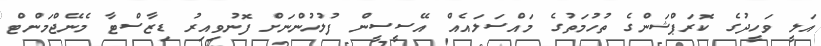
އަލީ ވަހީދުގެ ކޮރަޕްޝަންގެ ތުހުމަތުގެ މައްސަލައެއް އޭސީސީން ފުލުހުންނަށް ފޮނުވިއިރު ޑިޒާސްޓާ މެނޭޖްމަންޓް